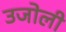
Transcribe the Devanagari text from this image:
उजोली